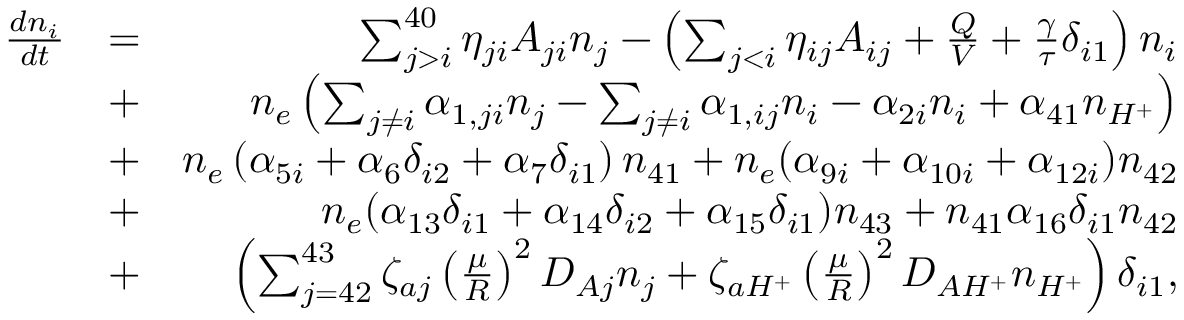
\begin{array} { r l r } { \frac { d n _ { i } } { d t } } & { = } & { \sum _ { j > i } ^ { 4 0 } \eta _ { j i } A _ { j i } n _ { j } - \left( \sum _ { j < i } \eta _ { i j } A _ { i j } + \frac { Q } { V } + \frac { \gamma } { \tau } \delta _ { i 1 } \right) n _ { i } } \\ & { + } & { n _ { e } \left( \sum _ { j \neq i } \alpha _ { 1 , j i } n _ { j } - \sum _ { j \neq i } \alpha _ { 1 , i j } n _ { i } - \alpha _ { 2 i } n _ { i } + \alpha _ { 4 1 } n _ { H ^ { + } } \right) } \\ & { + } & { n _ { e } \left( \alpha _ { 5 i } + \alpha _ { 6 } \delta _ { i 2 } + \alpha _ { 7 } \delta _ { i 1 } \right) n _ { 4 1 } + n _ { e } ( \alpha _ { 9 i } + \alpha _ { 1 0 i } + \alpha _ { 1 2 i } ) n _ { 4 2 } } \\ & { + } & { n _ { e } ( \alpha _ { 1 3 } \delta _ { i 1 } + \alpha _ { 1 4 } \delta _ { i 2 } + \alpha _ { 1 5 } \delta _ { i 1 } ) n _ { 4 3 } + n _ { 4 1 } \alpha _ { 1 6 } \delta _ { i 1 } n _ { 4 2 } } \\ & { + } & { \left( \sum _ { j = 4 2 } ^ { 4 3 } \zeta _ { a j } \left( \frac { \mu } { R } \right) ^ { 2 } D _ { A j } n _ { j } + \zeta _ { a H ^ { + } } \left( \frac { \mu } { R } \right) ^ { 2 } D _ { A H ^ { + } } n _ { H ^ { + } } \right) \delta _ { i 1 } , } \end{array}